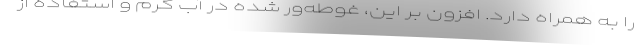
را به همراه دارد. افزون بر این، غوطه‌ور شده در آب گرم و استفاده از